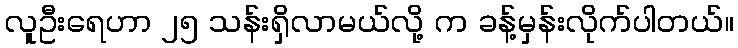
လူဦးရေဟာ ၂၅ သန်းရှိလာမယ်လို့ က ခန့်မှန်းလိုက်ပါတယ်။